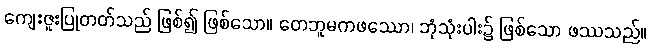
ကျေးဇူးပြုတတ်သည် ဖြစ်၍ ဖြစ်သော။ တေဘူမကဖဿော၊ ဘုံသုံးပါး၌ ဖြစ်သော ဖဿသည်။